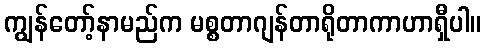
ကျွန်တော့်နာမည်က မစ္စတာဂျန်တာရိုတာကာဟာရှီပါ။